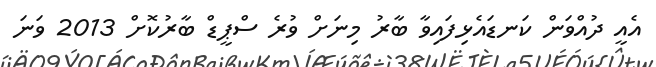
އެއީ ދުއްވަން ކަނޑައެޅިފައިވާ ބާރު މިނަށް ވުރެ ސްޕީޑް ބާރުކޮށް 2013 ވަނަ